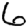
Digit: 6